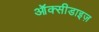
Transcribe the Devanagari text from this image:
ऑक्सीडाइज़